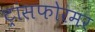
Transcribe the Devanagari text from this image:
ट्रांसफोरमर